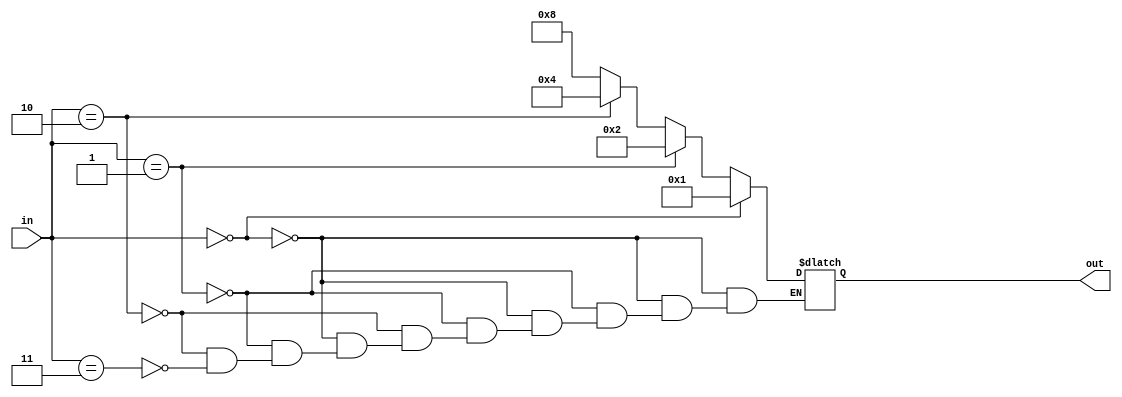
module decoder (in,out);
    input [1:0]in;
    output reg [3:0]out;

    always @(*) begin
        if (in == 0)
        out = 4'b0001;
    else if (in == 1)
        out = 4'b0010;
    else if (in == 2)
        out = 4'b0100;
    else if (in ==3)
        out= 4'b1000;
    
    end
    
    
    
endmodule